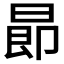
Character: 𣌸